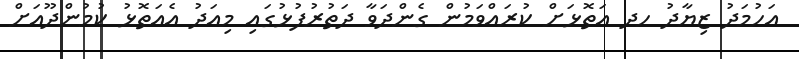
އަހުމަދު ޒިޔާދު ހދ އަތޮޅަށް ކުރައްވަމުން ގެންދަވާ ދަތުރުފުޅުގައި މިއަދު އެއަތޮޅު ކުމުންދޫއަށް